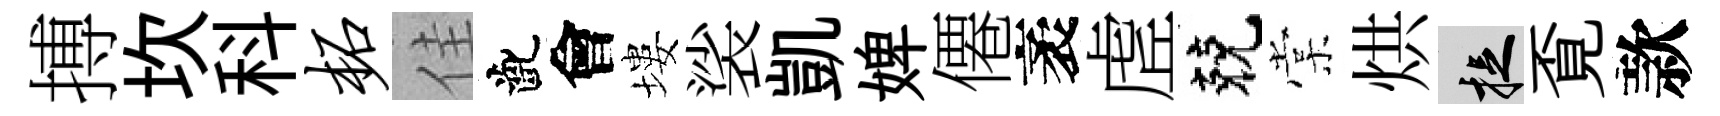
搏坎科柘佳齔會塿裟凱婢僊袤虗兢棠烘捉覔款